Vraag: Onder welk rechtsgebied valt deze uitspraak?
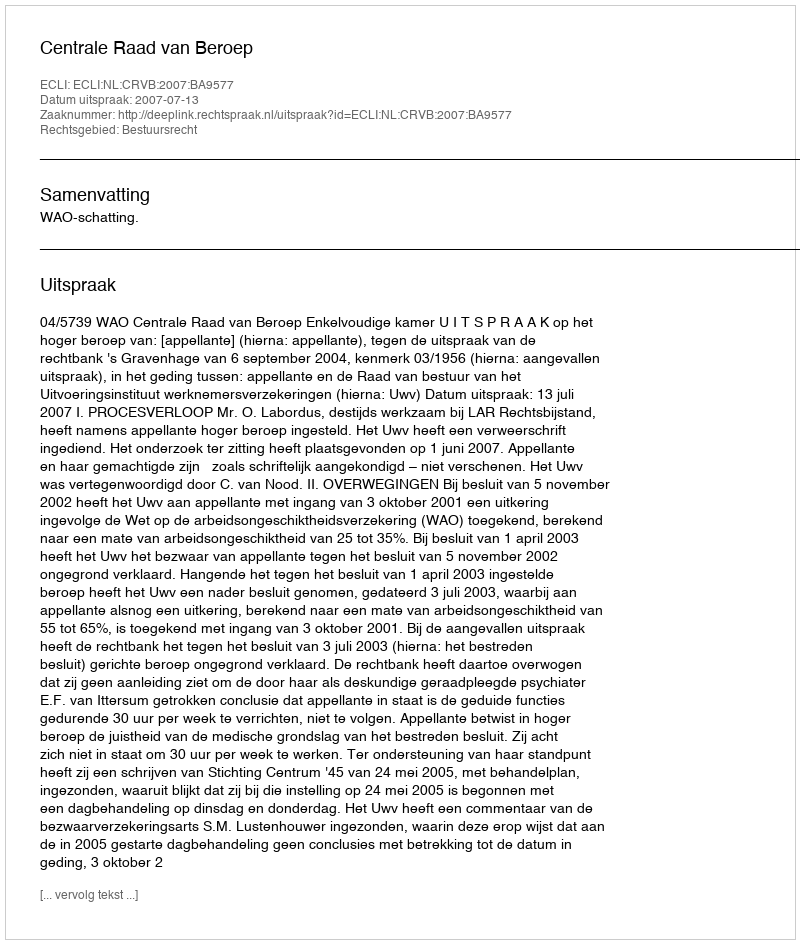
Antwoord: Bestuursrecht